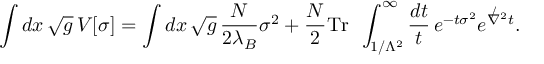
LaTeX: \int d x \, \sqrt { g } \, V [ \sigma ] = \int d x \, \sqrt { g } \, \frac { N } { 2 \lambda _ { B } } \sigma ^ { 2 } + \frac { N } { 2 } \mathrm { T r ~ } \, \int _ { 1 / \Lambda ^ { 2 } } ^ { \infty } \frac { d t } { t } \, e ^ { - t \sigma ^ { 2 } } e ^ { \not \nabla ^ { 2 } t } .